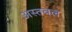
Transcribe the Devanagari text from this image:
अस्तवल